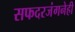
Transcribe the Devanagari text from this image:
सफदरजंगनेही